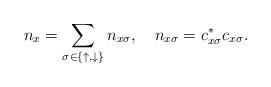
LaTeX: \begin{align*}n_x=\sum_{\sigma\in \{\uparrow, \downarrow\}} n_{x\sigma},\ \ \ n_{x\sigma}=c_{x\sigma}^* c_{x\sigma}.\end{align*}